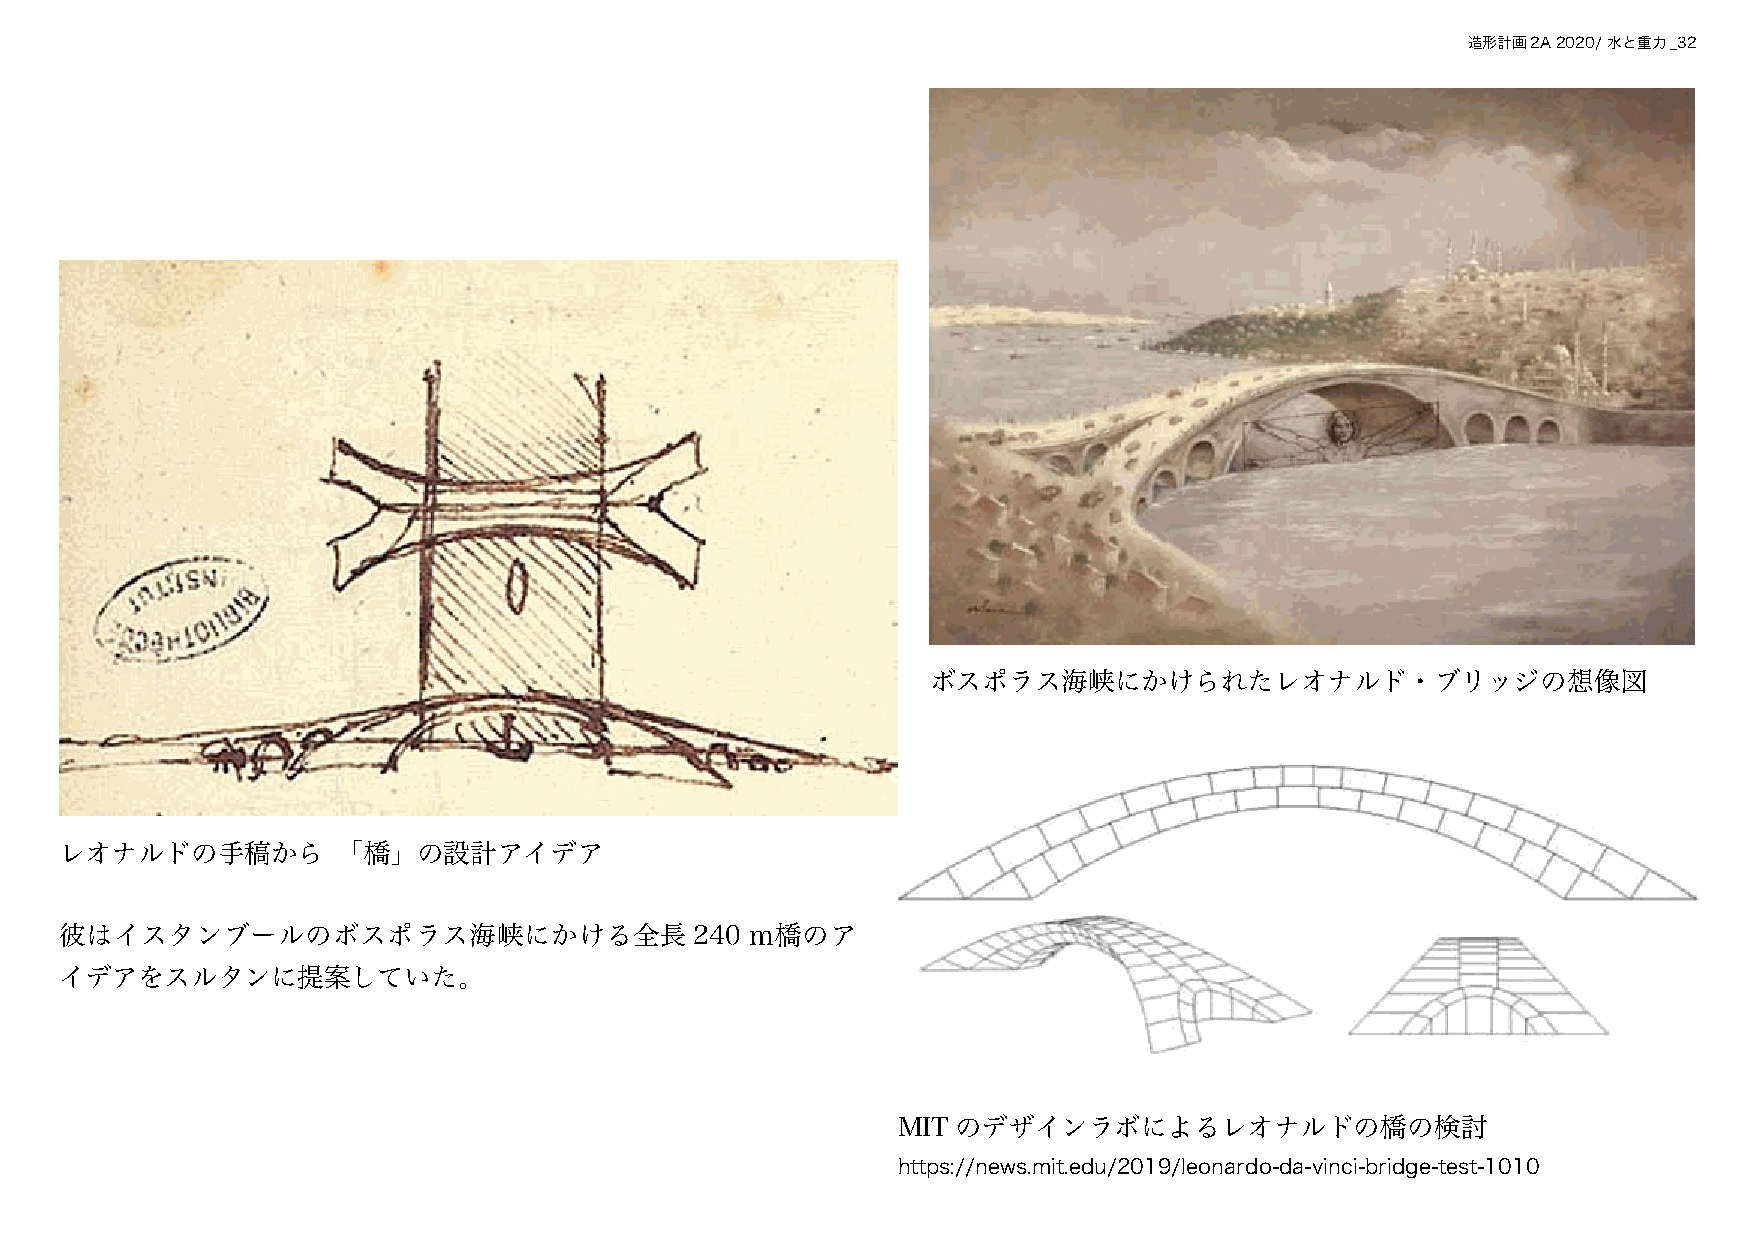
造形計画2A 2020/ 水と重力_32
 ボスポラス海峡にかけられたレオナルド・ブリッジの想像図
 レオナルドの手稿から        「橋」の設計アイデア
 彼はイスタンブールのボスポラス海峡にかける全長                   240 ｍ橋のア
 イデアをスルタンに提案していた。
 MIT のデザインラボによるレオナルドの橋の検討
 https://news.mit.edu/2019/leonardo-da-vinci-bridge-test-1010